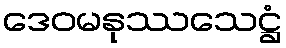
ဒေဝမနုဿသေဋ္ဌံ